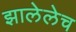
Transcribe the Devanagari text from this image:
झालेलेच